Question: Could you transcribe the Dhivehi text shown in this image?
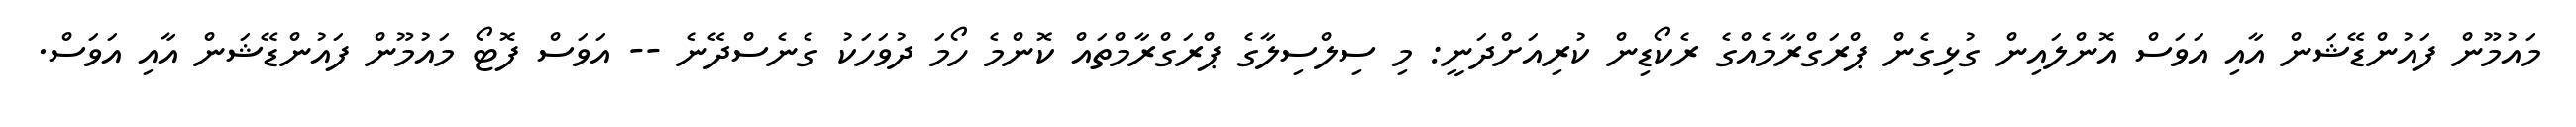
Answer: މައުމޫން ފައުންޑޭޝަން އާއި އަވަސް އޮންލައިން ގުޅިގެން ޕްރަގްރާމެއްގެ ރެކޯޑިން ކުރިއަށްދަނީ: މި ސިލްސިލާގެ ޕްރަގްރާމްތައް ކޮންމެ ހޯމަ ދުވަހަކު ގެނެސްދޭނެ -- އަވަސް ފޮޓޯ މައުމޫން ފައުންޑޭޝަން އާއި އަވަސް.